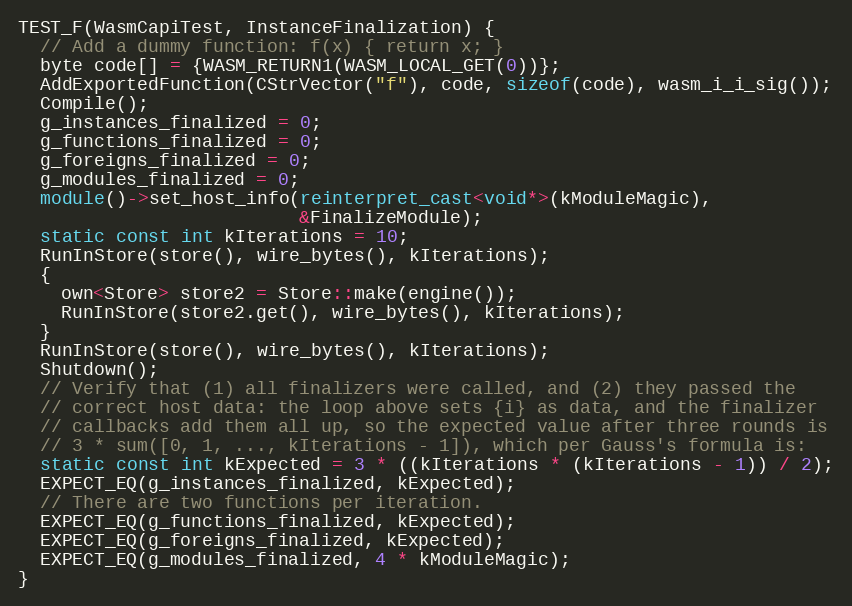
Language: C++
TEST_F(WasmCapiTest, InstanceFinalization) {
  // Add a dummy function: f(x) { return x; }
  byte code[] = {WASM_RETURN1(WASM_LOCAL_GET(0))};
  AddExportedFunction(CStrVector("f"), code, sizeof(code), wasm_i_i_sig());
  Compile();
  g_instances_finalized = 0;
  g_functions_finalized = 0;
  g_foreigns_finalized = 0;
  g_modules_finalized = 0;
  module()->set_host_info(reinterpret_cast<void*>(kModuleMagic),
                          &FinalizeModule);
  static const int kIterations = 10;
  RunInStore(store(), wire_bytes(), kIterations);
  {
    own<Store> store2 = Store::make(engine());
    RunInStore(store2.get(), wire_bytes(), kIterations);
  }
  RunInStore(store(), wire_bytes(), kIterations);
  Shutdown();
  // Verify that (1) all finalizers were called, and (2) they passed the
  // correct host data: the loop above sets {i} as data, and the finalizer
  // callbacks add them all up, so the expected value after three rounds is
  // 3 * sum([0, 1, ..., kIterations - 1]), which per Gauss's formula is:
  static const int kExpected = 3 * ((kIterations * (kIterations - 1)) / 2);
  EXPECT_EQ(g_instances_finalized, kExpected);
  // There are two functions per iteration.
  EXPECT_EQ(g_functions_finalized, kExpected);
  EXPECT_EQ(g_foreigns_finalized, kExpected);
  EXPECT_EQ(g_modules_finalized, 4 * kModuleMagic);
}